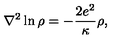
{ \nabla } ^ { 2 } \ln \rho = - \frac { 2 e ^ { 2 } } { \kappa } \rho ,